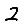
Digit: 2